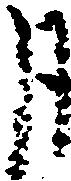
月